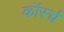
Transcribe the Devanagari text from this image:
कॉर्स्च